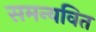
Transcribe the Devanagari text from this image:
समन्यवित